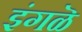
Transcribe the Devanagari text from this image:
इंगळॆ